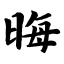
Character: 晦